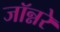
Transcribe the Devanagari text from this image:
जॉन्नरे